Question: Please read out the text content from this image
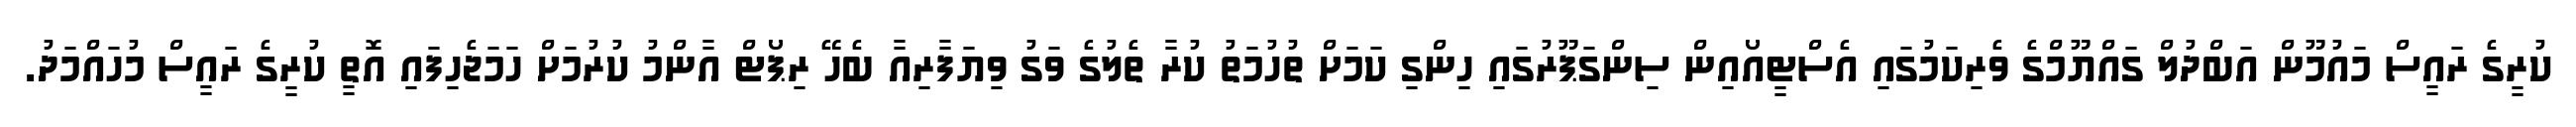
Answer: ކުރީގެ ރައީސް މައުމޫން އަބްދުލް ގައްޔޫމްގެ ވެރިކަމުގައި އެސްޓީއޯއިން ސިންގަޕޫރުގައި ހިންގި ކަމަށް ތުހުމަތު ކުރާ ތެލުގެ ވަގު ވިޔަފާރިއާ ބެހޭ ރިޕޯޓް އާންމު ކުރުމަށް ހަމަޖެހިފައި އޮތީ ކުރީގެ ރައީސް މުހައްމަދު.